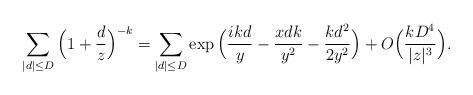
LaTeX: \begin{align*}\sum_{|d| \leq D} \Big(1 + \frac{d}{z}\Big)^{-k} = \sum_{|d| \leq D} \exp\Big(\frac{ikd}{y} - \frac{xdk}{y^2} - \frac{k d^2}{2y^2}\Big) + O\Big(\frac{kD^4}{|z|^3}\Big).\end{align*}